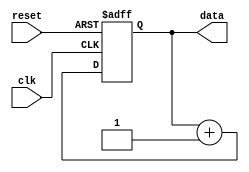
module RepeatLoop (
    input wire clk,         // Clock signal
    input wire reset,       // Reset signal to break the loop
    output reg [7:0] data   // Example output data
);

    // Initialization
    initial begin
        data = 8'b0; // Initialize data
    end

    // Always block to implement the repeat loop
    always @(posedge clk or posedge reset) begin
        if (reset) begin
            // Reset condition: exit the loop and reset data
            data <= 8'b0;
        end else begin
            // Infinite loop behavior
            // This block will execute continuously on every clock cycle
            // You can include any operations you want to repeat here
            data <= data + 1; // Example operation: increment data
        end
    end

endmodule